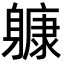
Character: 躿